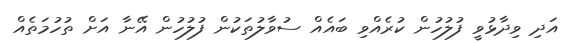
އަދި ވިދާޅުވީ ފުލުހުން ކުރެއްވި ބައެއް ސުވާލުތަކުން ފުލުހުން އޭނާ އަށް ތުހުމަތެއް